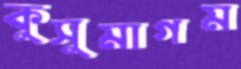
কুসুমাগম